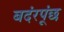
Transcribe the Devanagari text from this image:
बदंरपूंछ